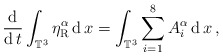
\begin{align*} \frac{\operatorname{d}}{\operatorname{d} t} \int_{\mathbb{T}^3}\eta^\alpha_{\mathrm{R}} \operatorname{d}x = \int_{\mathbb{T}^3}\sum_{i=1}^8 A_i^\alpha \operatorname{d}x \, ,\end{align*}